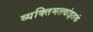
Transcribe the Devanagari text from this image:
व्यक्तिमत्त्वांइतकं